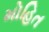
મોહિત